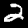
Label: 2